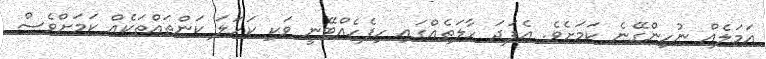
އަމަލެއް ނުހިންގޭނެ ކަމަށެވެ. އެފަދަ ހާލަތެއްގައި ހިފެހެއްޓޭނީ ވަކި ކަހަލަ ކަންތައްތަކެއް ކަމަށްވެސް